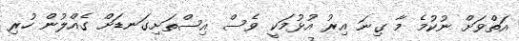
އަތްވަށް ނުކުމެ މާ ގިނަ އިރު އުޅުމަކީ ވެސް އިސްތަށިގަނޑަށް ގެއްލުން ހުރި